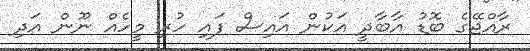
ރާއްޖޭގެ ބޮޑު އާބާދީ އަކުން އައިސް ފައި ހުރި މީހެއް ނޫން އަދި